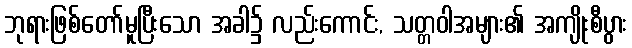
ဘုရားဖြစ်တော်မူပြီးသော အခါ၌ လည်းကောင်း, သတ္တဝါအများ၏ အကျိုးစီပွား